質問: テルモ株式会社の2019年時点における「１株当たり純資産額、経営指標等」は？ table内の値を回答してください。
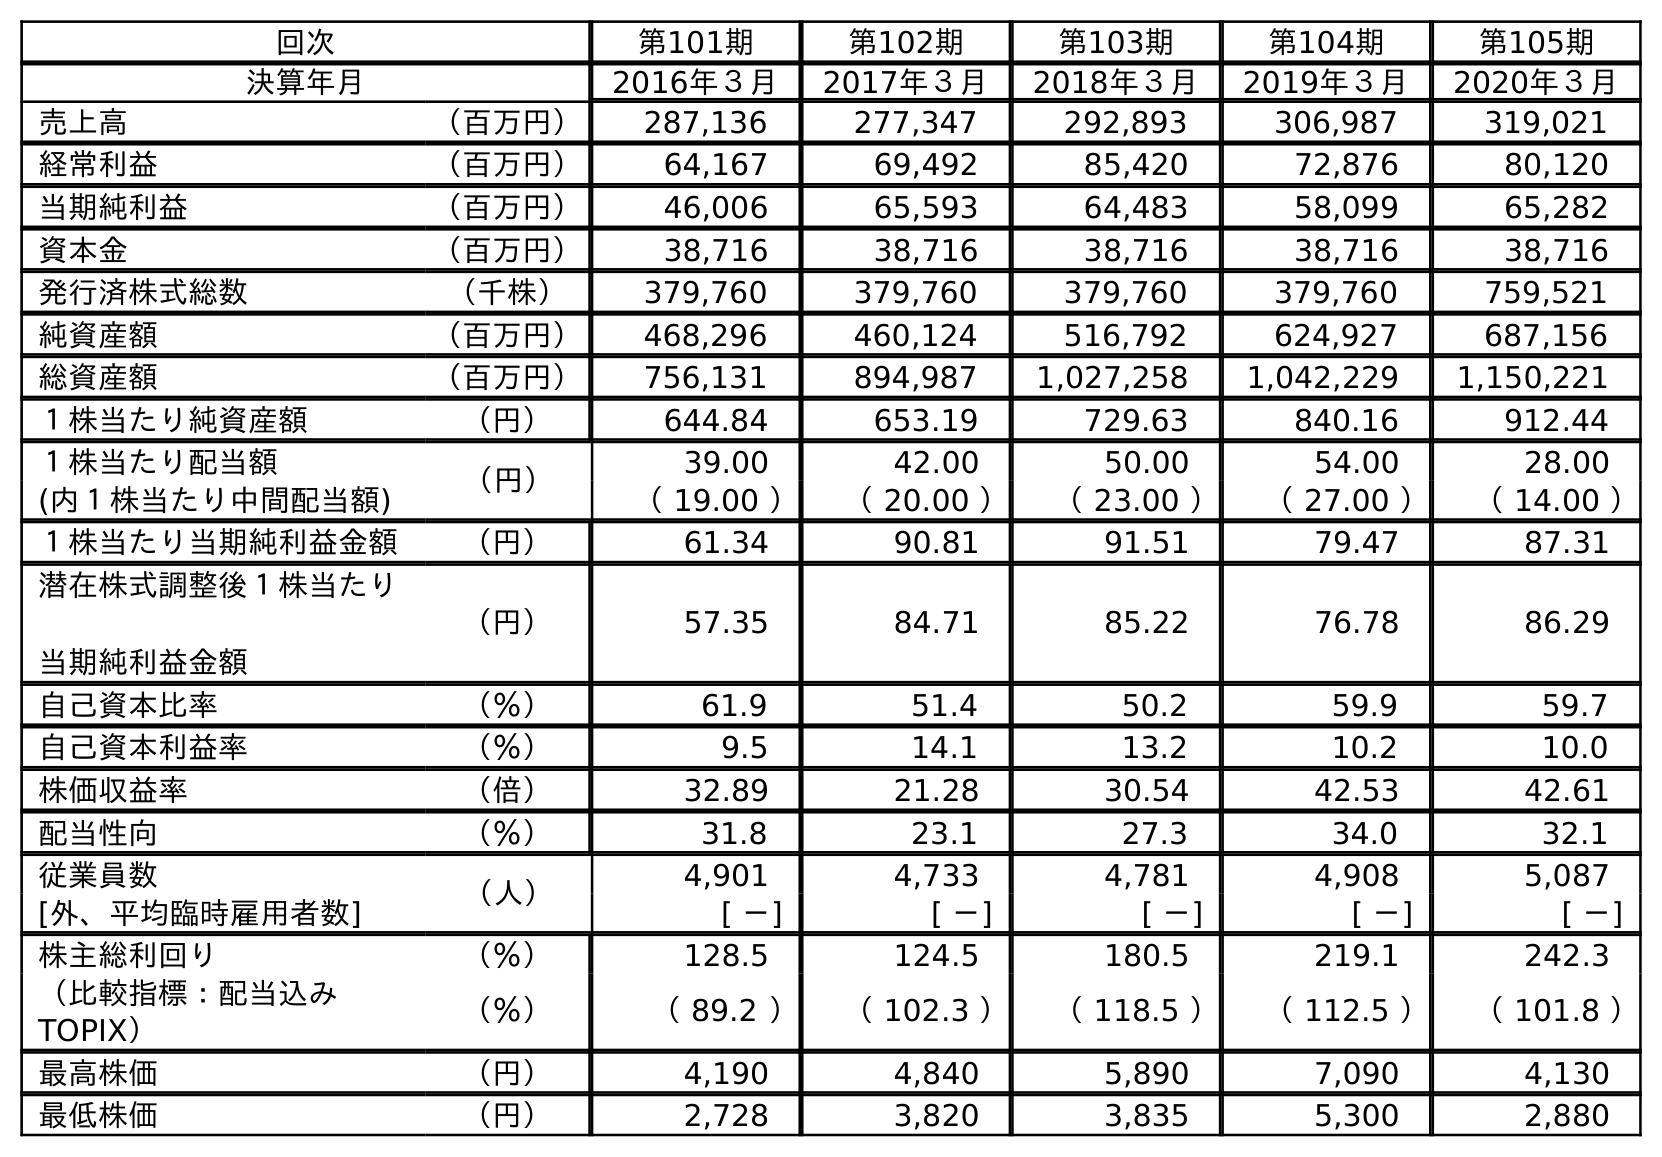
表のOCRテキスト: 回次 第101期 第102期 第103期 第104期 第105期 決算年月 2016年３月 2017年３月 2018年３月 2019年３月 2020年３月 売上高 （百万円） 287,136 277,347 292,893 306,987 319,021 経常利益 （百万円） 64,167 69,492 85,420 72,876 80,120 当期純利益 （百万円） 46,006 65,593 64,483 58,099 65,282 資本金 （百万円） 38,716 38,716 38,716 38,716 38,716 発行済株式総数 （千株） 379,760 379,760 379,760 379,760 759,521 純資産額 （百万円） 468,296 460,124 516,792 624,927 687,156 総資産額 （百万円） 756,131 894,987 1,027,258 1,042,229 1,150,221 １株当たり純資産額 （円） 644.84 653.19 729.63 840.16 912.44 １株当たり配当額 （円） 39.00 42.00 50.00 54.00 28.00 (内１株当たり中間配当額) （ 19.00 ） （ 20.00 ） （ 23.00 ） （ 27.00 ） （ 14.00 ） １株当たり当期純利益金額 （円） 61.34 90.81 91.51 79.47 87.31 潜在株式調整後１株当たり 当期純利益金額 （円） 57.35 84.71 85.22 76.78 86.29 自己資本比率 （％） 61.9 51.4 50.2 59.9 59.7 自己資本利益率 （％） 9.5 14.1 13.2 10.2 10.0 株価収益率 （倍） 32.89 21.28 30.54 42.53 42.61 配当性向 （％） 31.8 23.1 27.3 34.0 32.1 従業員数 （人） 4,901 4,733 4,781 4,908 5,087 [外、平均臨時雇用者数] [ －] [ －] [ －] [ －] [ －] 株主総利回り （％） 128.5 124.5 180.5 219.1 242.3 （比較指標：配当込み TOPIX） （％） （ 89.2 ） （ 102.3 ） （ 118.5 ） （ 112.5 ） （ 101.8 ） 最高株価 （円） 4,190 4,840 5,890 7,090 4,130 最低株価 （円） 2,728 3,820 3,835 5,300 2,880
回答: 840.16